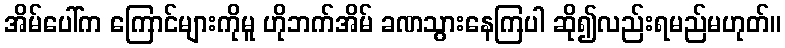
အိမ်ပေါ်က ကြောင်များကိုမူ ဟိုဘက်အိမ် ခဏသွားနေကြပါ ဆို၍လည်းရမည်မဟုတ်။